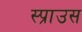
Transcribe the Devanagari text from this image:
स्प्राउस